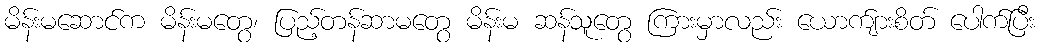
မိန်းမဆောင်က မိန်းမတွေ၊ ပြည့်တန်ဆာမတွေ မိန်းမ ဆန်သူတွေ ကြားမှာလည်း ယောက်ျားစိတ် ပေါက်ပြီး